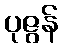
ပုဇွန်